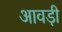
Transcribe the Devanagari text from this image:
आवड़ी